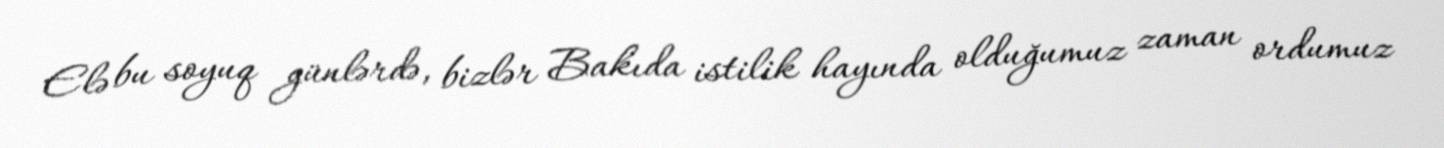
Elə bu soyuq günlərdə, bizlər Bakıda istilik hayında olduğumuz zaman ordumuz